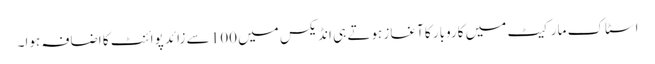
اسٹاک مارکیٹ میں کاروبار کا آغاز ہوتے ہی انڈیکس میں 100 سے زائد پوائنٹ کا اضافہ ہوا۔